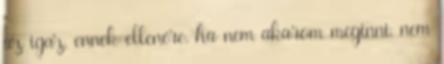
az igaz, ennek ellenére, ha nem akarom meginni, nem